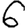
Digit: 6